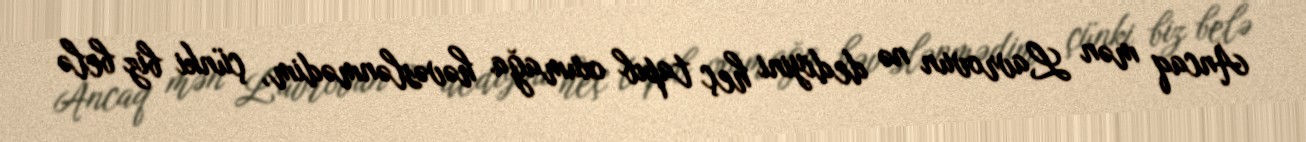
Ancaq mən Lavrovun nə dediyini heç tapıb oxumağa həvəslənmədim, çünki biz belə